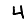
Digit: 4